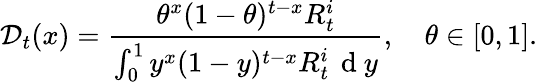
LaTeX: \mathcal{D}_{t}(x)=\frac{\theta^{x}(1-\theta)^{t-x}R_{t}^{i}}{\int_{0}^{1}y^{x}(1-y)^{t-x}R_{t}^{i}\, \mathrm{~d~}y},\quad\theta\in[0,1].